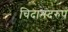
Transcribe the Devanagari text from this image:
चिदानंदरुप